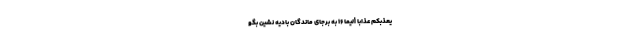
يُعَذِّبْكُمْ عَذَابًا أَلِيمًا ۱۶ به برجاى ماندگان باديه نشين بگو